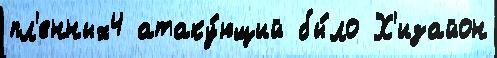
пл'енных4 атаку́ющий бы́ло Х'изайон